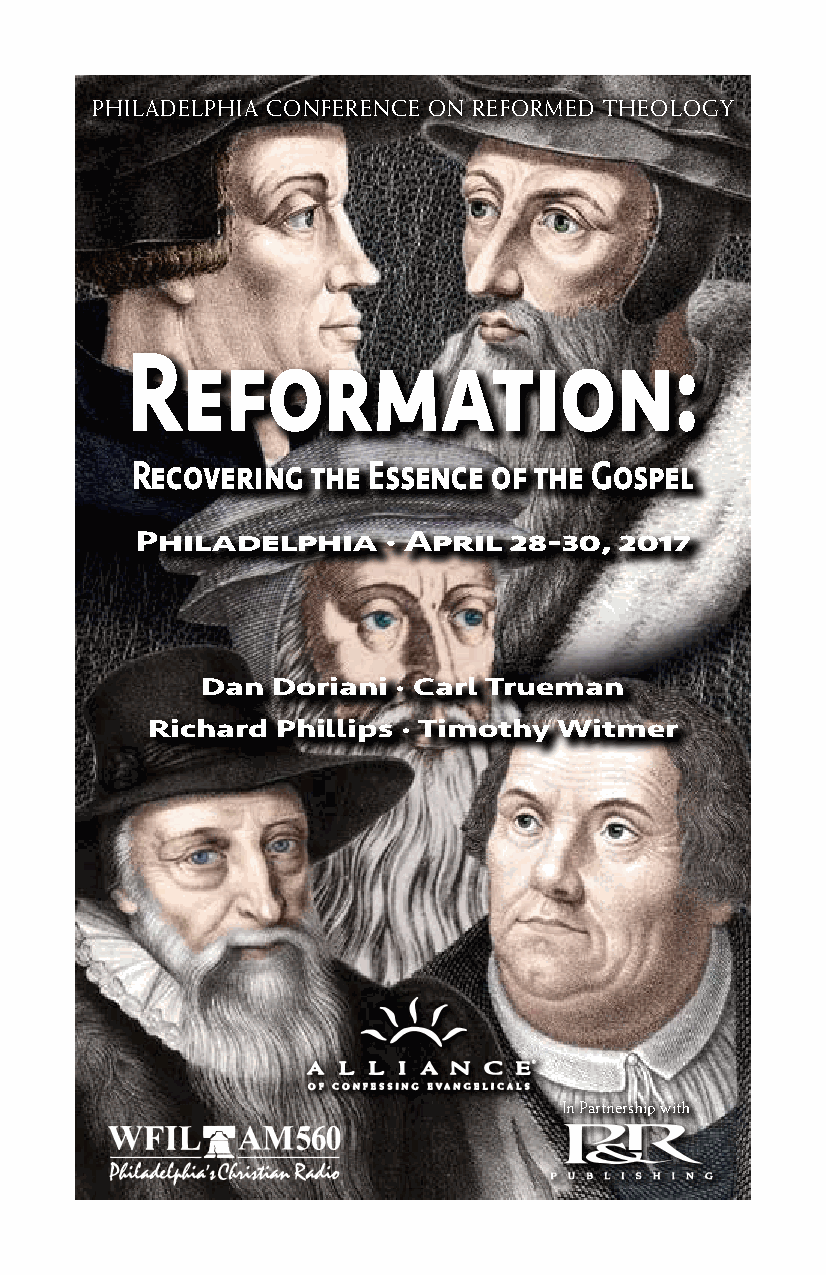
PHILADELPHIA CONFERENCE ON REFORMED THEOLOGY
 Reformation:
 Recovering  the Essence of the Gospel
 Philadelphia    · April  28-30, 2017
 Dan  Doriani · Carl Trueman
 Richard Phillips · Timothy Witmer
 In Partnership with